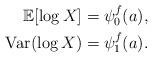
LaTeX: \begin{align*} \mathbb{E}[\log X]&=\psi_0^f(a),\\ \mathrm{Var}(\log X)&=\psi_1^f(a).\end{align*}